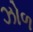
ઝોળ